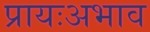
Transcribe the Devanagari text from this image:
प्रायःअभाव